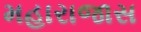
મહારાજાસ